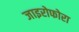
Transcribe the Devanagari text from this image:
जाइरोफोरा